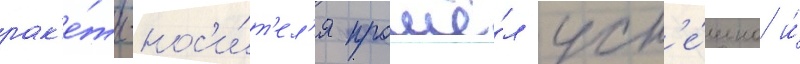
рак'е́ты-нос'и́т'ел'я прошё́л усп'е́шно и́